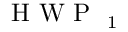
\mathrm { ~ H ~ W ~ P ~ } _ { \mathrm { ~ 1 ~ } }